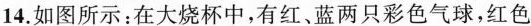
14.如图所示：在大烧杯中，有红、蓝两只彩色气球，红色